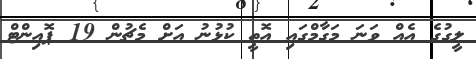
ލީގުގެ އެއް ވަނަ މަގާމްގައި އޮތީ ކުޅުނު އަށް މެޗުން 19 ޕޮއިންޓް